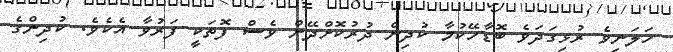
ހަލަނިވެ ރުޅިގަދަވެ ބޮޑާހޭކުމާ ކުދިން ދުރުކޮށްދޭން ވެސް ފޮތަކީ ފަރުވާ އެކެވެ. ކުދިންގެ